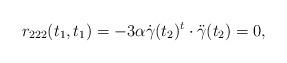
LaTeX: \begin{align*}r_{222}(t_{1},t_{1}) = -3\alpha\dot{\gamma}(t_{2})^{t}\cdot\ddot{\gamma}(t_{2}) = 0,\end{align*}